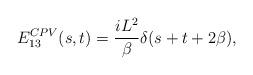
LaTeX: \begin{align*}E^{CPV}_{13}(s,t)={{iL^2}\over {\beta}}\delta(s+t+2\beta),\end{align*}